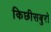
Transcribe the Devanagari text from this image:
किछीसबुरो